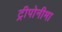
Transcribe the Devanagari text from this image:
ट्रीपोनीमा